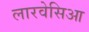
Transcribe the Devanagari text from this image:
लारवेसिआ